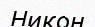
Никон